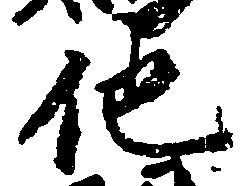
他